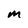
Character: M